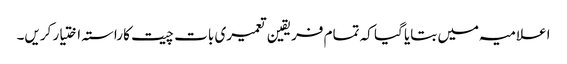
اعلامیہ میں بتایا گیا کہ تمام فریقین تعمیری بات چیت کا راستہ اختیار کریں۔